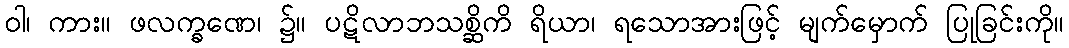
ဝါ၊ ကား။ ဖလက္ခဏေ၊ ၌။ ပဋိလာဘသစ္ဆိကိ ရိယာ၊ ရသောအားဖြင့် မျက်မှောက် ပြုခြင်းကို။